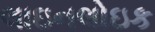
લાઇનલોઇક